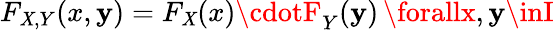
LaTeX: F_{\mathit{X},Y}(x,\mathbf{y})=F_{\mathit{X}}(x)\cdotF_{Y}(\mathbf{y})\, \forallx,\mathbf{y}\inI